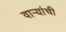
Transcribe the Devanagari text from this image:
वार्‍यांची